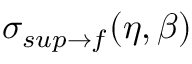
\sigma _ { s u p \rightarrow f } ( \eta , \beta )